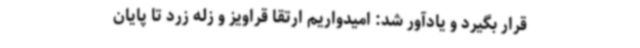
قرار بگیرد و یادآور شد: امیدواریم ارتقا قراویز و زله زرد تا پایان